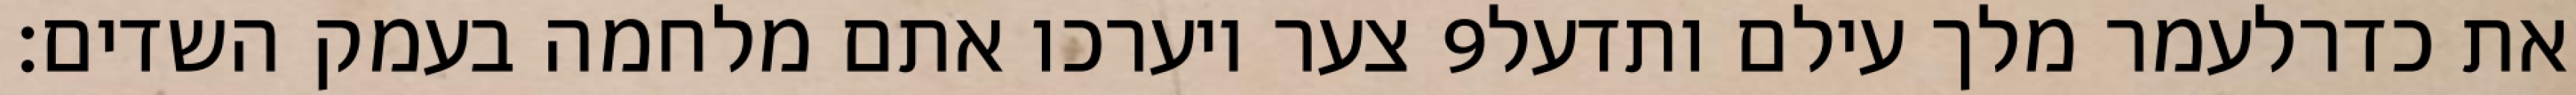
צער ויערכו אתם מלחמה בעמק השדים׃ ‎9‏ את כדרלעמר מלך עילם ותדעל